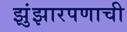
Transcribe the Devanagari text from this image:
झुंझारपणाची